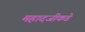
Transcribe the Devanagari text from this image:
महादजीकडे